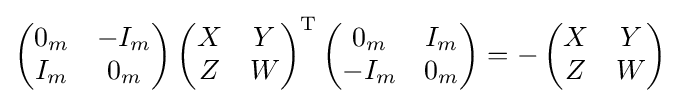
\left({\begin{matrix}0_{m}&-I_{m}\\I_{m}&0_{m}\end{matrix}}\right)\left({\begin{matrix}X&Y\\Z&W\end{matrix}}\right)^{\mathrm {T} }\left({\begin{matrix}0_{m}&I_{m}\\-I_{m}&0_{m}\end{matrix}}\right)=-\left({\begin{matrix}X&Y\\Z&W\end{matrix}}\right)